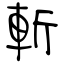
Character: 斬